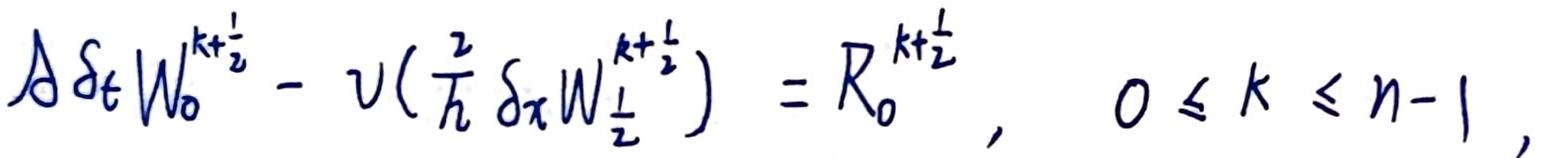
$\mathcal{A} \delta_{t} W_{0}^{k + \frac{1}{2}} - v(\frac{2}{h} \delta_{x} W_{\frac{1}{2}}^{k + \frac{1}{2}}) = R_{0}^{k + \frac{1}{2}}, \quad 0 \leq k \leq n - 1,$